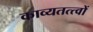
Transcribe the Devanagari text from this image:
काव्यतत्त्वों